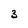
Character: 3